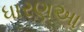
ધારણઆ